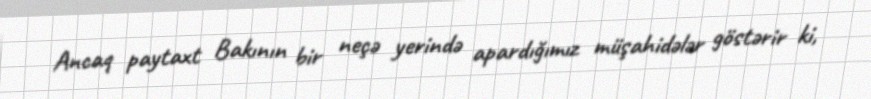
Ancaq paytaxt Bakının bir neçə yerində apardığımız müşahidələr göstərir ki,